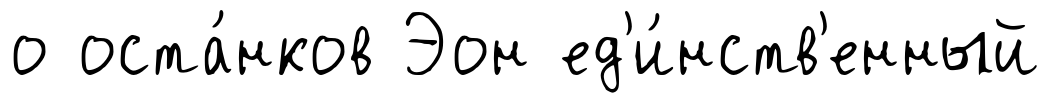
о оста́нков Эон ед'и́нств'енный